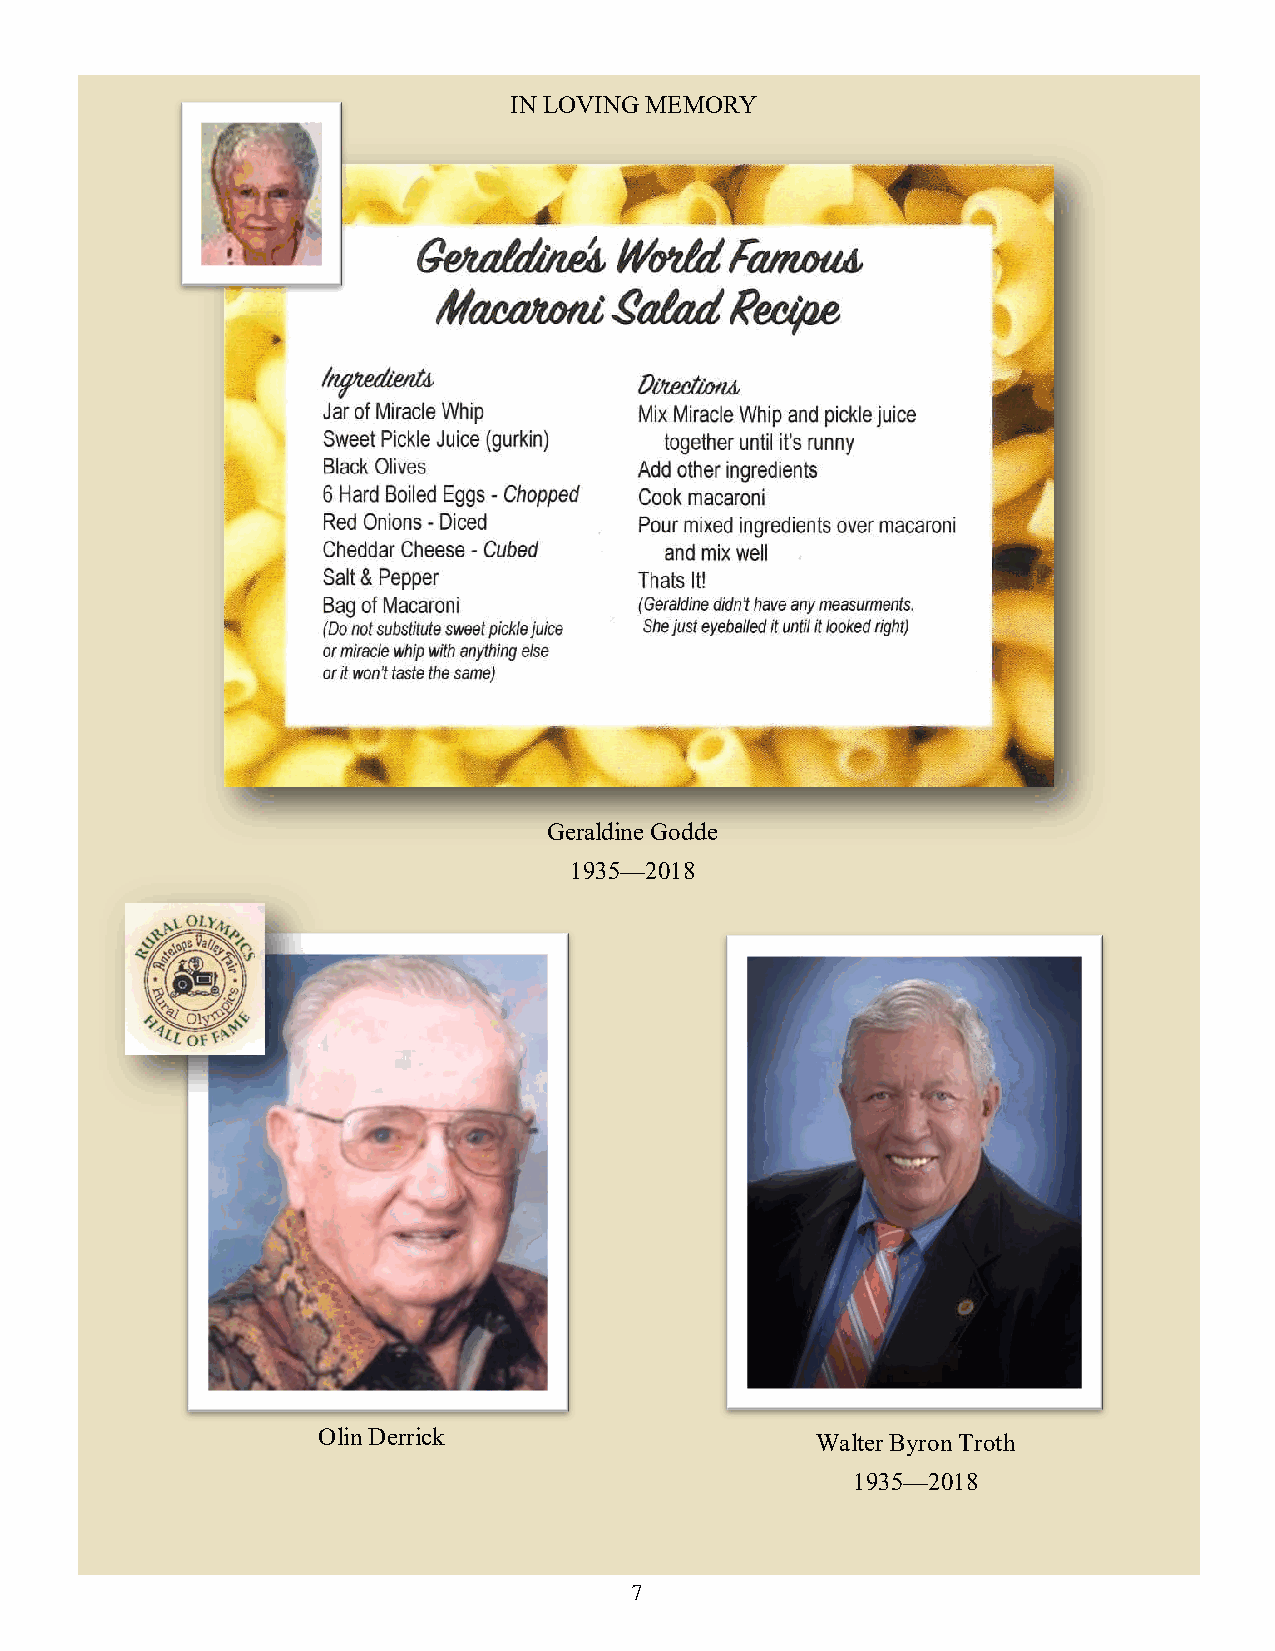
IN LOVING MEMORY
 Geraldine Godde
 1935—2018
 Olin Derrick                     Walter Byron Troth
 1935—2018
 7